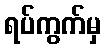
ရပ်ကွက်မှ